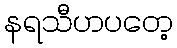
နရသီဟပတေ့